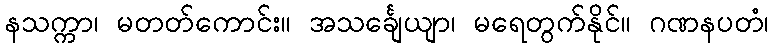
နသက္ကာ၊ မတတ်ကောင်း။ အသင်္ချေယျာ၊ မရေတွက်နိုင်။ ဂဏနပတံ၊